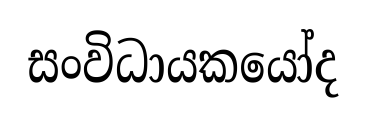
සංවිධායකයෝද